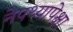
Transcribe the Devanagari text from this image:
नेपथ्यापेक्षा